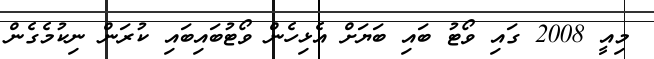
މިއީ 2008 ގައި ވޯޓު ބައި ބަޔަށް އެޅިހެން ވޯޓުބައިބައި ކުރަން ނިކުމެގެން